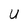
Character: T